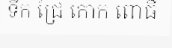
ទឹក ជ្រៃ គោក ពោធិ៍